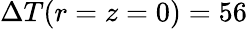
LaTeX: \Delta T(r=z=0)=56